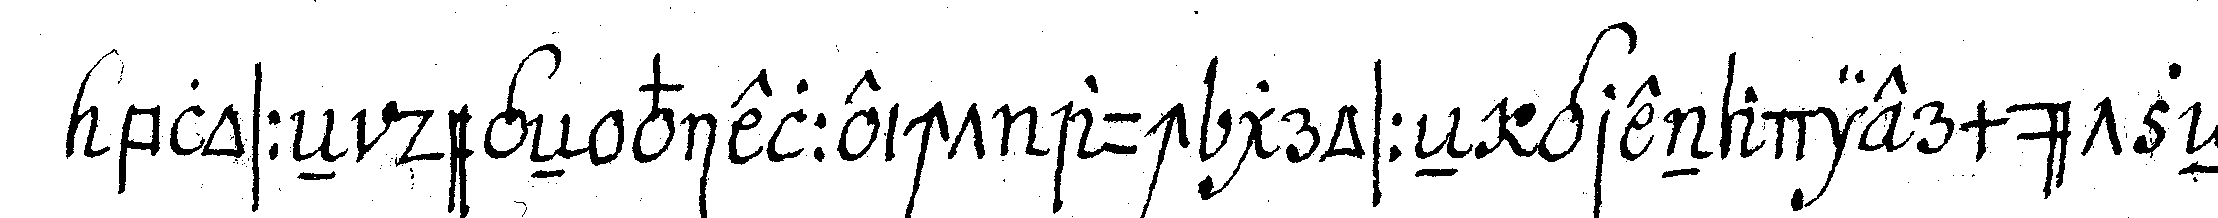
blosseN degeN vielleicht auch grosseN grenadiermützeN